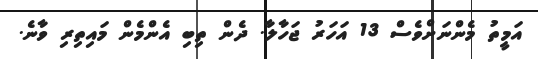
އަމީތު މެންނަށްވެސް 13 އަހަރު ޖަހާލާ. ދެން ތިބި އެންމެން މައިތިރި ވާނެ.